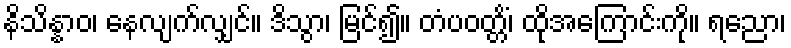
နိသိန္နာဝ၊ နေလျက်လျှင်။ ဒိသွာ၊ မြင်၍။ တံပဝတ္တိံ၊ ထိုအကြောင်းကို။ ရညော၊